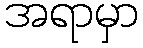
အရာမှာ